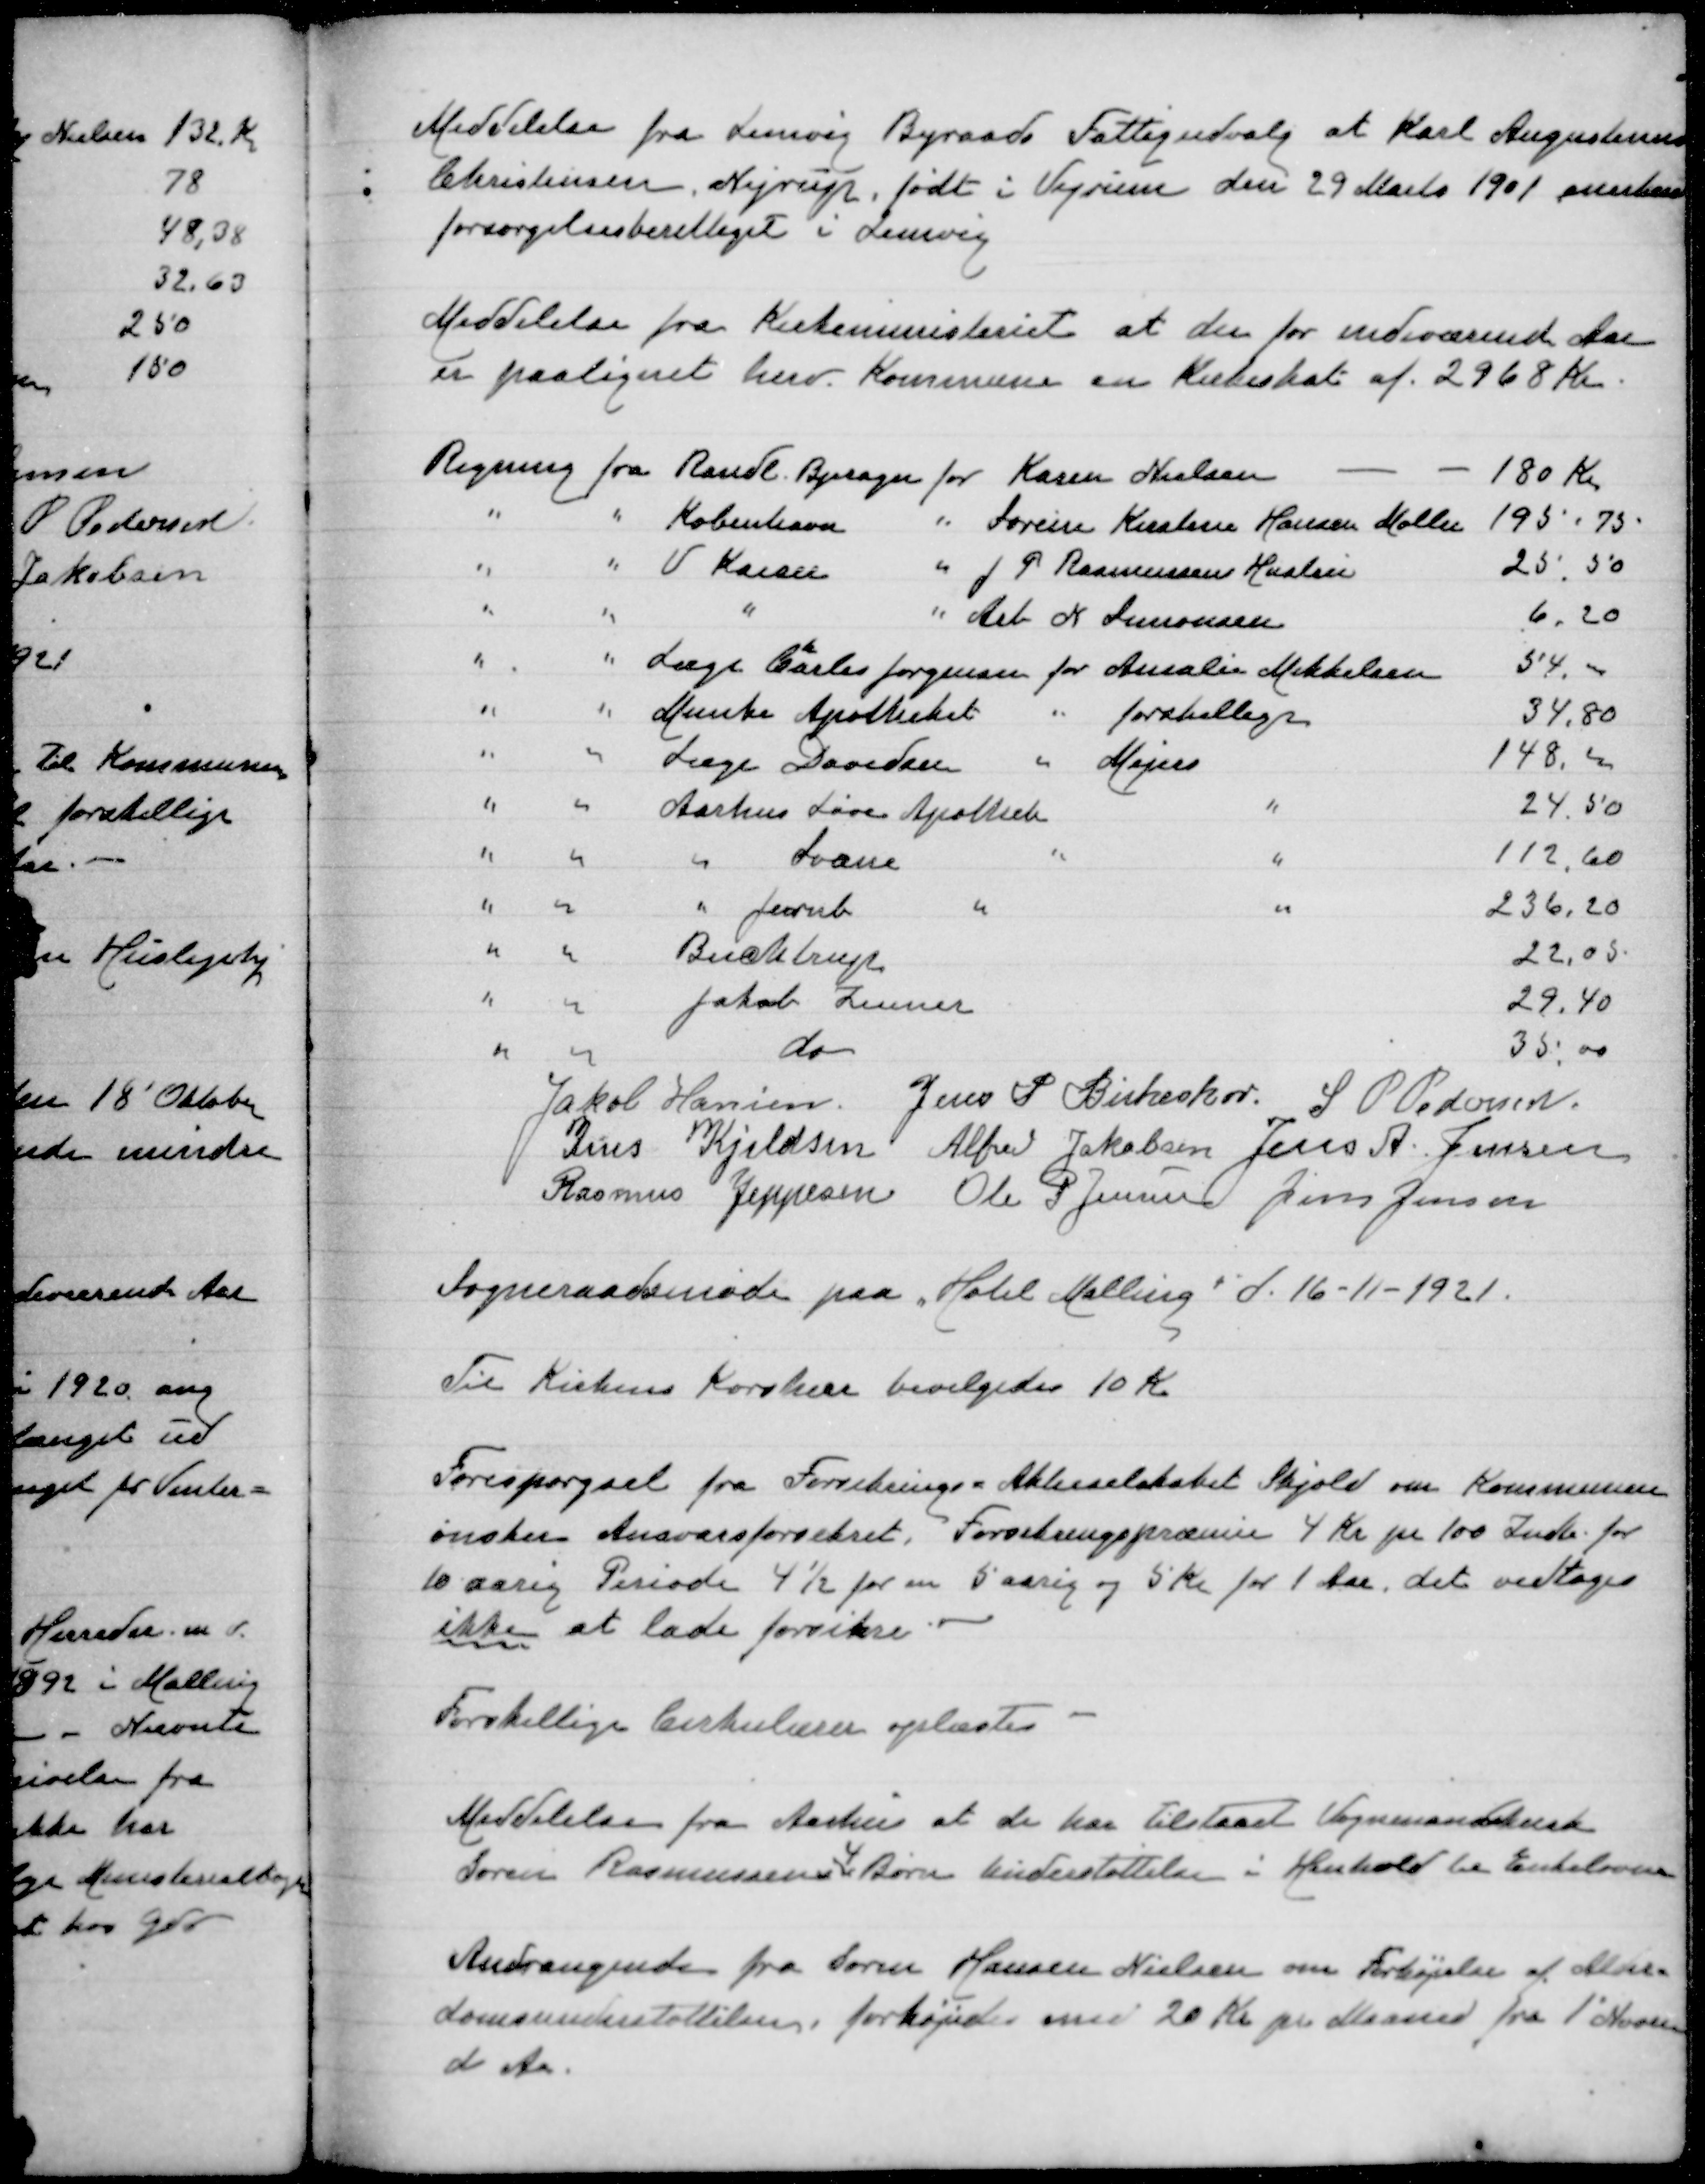
Transskription:
Meddelelse fra Lemvig Byraads Fattigudvalg at Karl Augustinus
Christensen, Nyrup, født i Vejrum den 29 Marts 1901 anerken
forsørgelsesberettiget i Lemvig

Meddelelse fra Kirkeministeriet at der for indeværende Aar
er paalignet herv Kommune en Kirkeskat af 2968 Kr

Regning fra Randl Bjerager for Karen Nielsen
180 Kr
" " København " Sørine Kirstine Hansen Møller
195,75
" " V Kaiser " J P Rasmussens Hustru
25,50
" " " " Arb K Simonsen
6,20
" " Læge Carlo Jørgensen for Amalie Mikkelsen
54,00
" " Munke Apoteket " forskellige
34,80
" " Læge Davidsen " Mejeri
148,00
" " Aarhus Løve Apotek "
24,50
" " " Svane " "
112,60
" " " Jernb " "
236,20
" "  Bucktrup
22,05
" " Jakob Zumer
29,40
" "  do
35,00
Jakob Hansen
Jens P Birkeskov
S P Pedersen
Jens Kjeldsen
Alfred Jakobsen
Jens A Jensen
Rasmus Jeppesen
Ole P Jensen
Jens Jensen

Sogneraadsmøde paa Hotel Malling d 18-11-1921

Til Kirkens Korshær bevilgedes 10 Kr

Forespørgsel fra Forsikrings-Aktieselskabet Skjold om Kommunen
ønsker Ansvarsforsikret. Forretningspræmien 4 Kr pr 100 Indb for
10 aarig Periode 4½ for en 5 aarig og 5 Kr for 1 Aar. det vedtoges
ikke at lade forsikre

Forskellige Cirkulærer oplæstes

Meddelelse fra Aarhus at de har tilstaaet Vognmandskusk
Sørens Rasmussens 4 Børn Understøttelse i Henhold til Enkeloven

Andragende fra Søren Hansen Nielsen om Forhøjelse af Alder=
domsunderstøttelsen. forhøjet med 20 Kr pr Maaned fra 1' Novem
d A